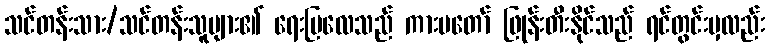
သင်တန်းသား/သင်တန်းသူများ၏ ရေးပြလေသည် ကားမတော် ဖြုန်းတီးနိုင်သည် ရင်တွင်းမှလည်း